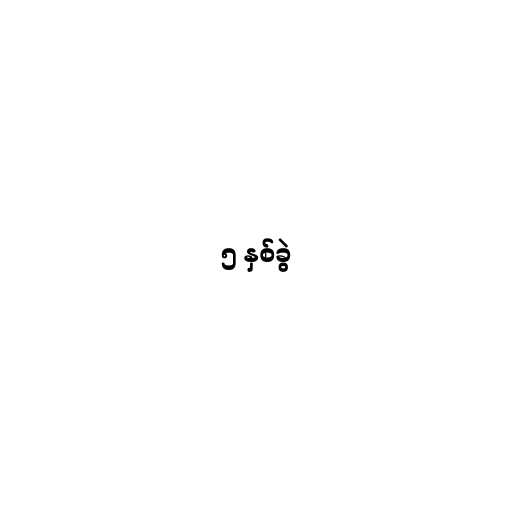
၅ နှစ်ခွဲ